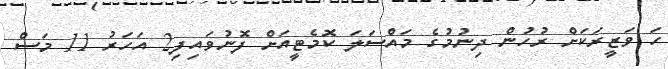
ހަ ވަޒީރަކަށް ރުހުން ދިނުމުގެ މައްސަލަ ކޮމެޓީއަށް ފޮނުވައިފި2 އަހަރު 11 މަސް